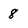
Character: 8